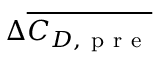
\Delta \overline { { C _ { D , \mathrm { ~ p ~ r ~ e ~ } } } }